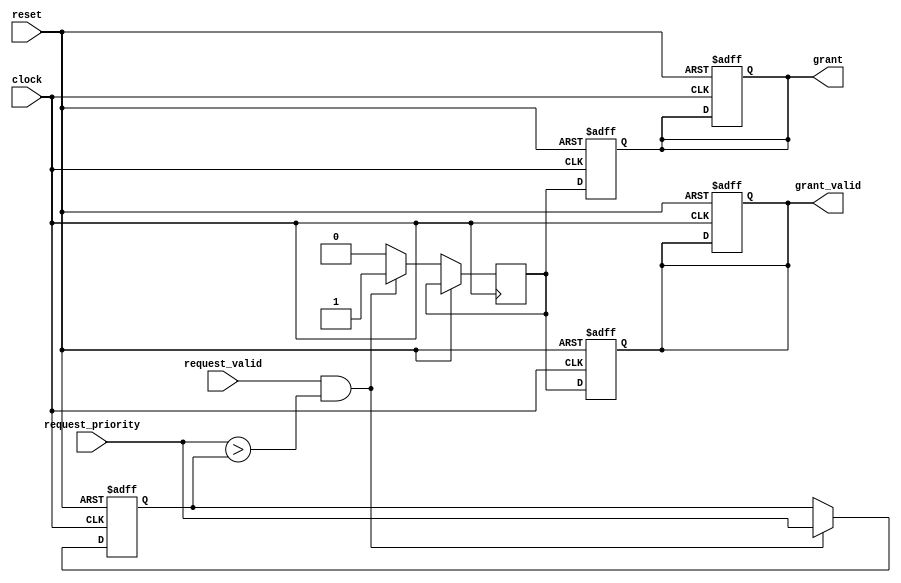
module priority_arbiter (
    input wire [1:0] request_priority,
    input wire request_valid,
    input wire clock,
    input wire reset,
    output reg grant,
    output reg grant_valid
);

reg [1:0] highest_priority;
reg grant_next;

always @(posedge clock or posedge reset) begin
    if (reset) begin
        highest_priority <= 2'b00;
        grant <= 0;
        grant_valid <= 0;
    end else begin
        if (request_valid && (request_priority > highest_priority)) begin
            highest_priority <= request_priority;
            grant_next <= 1;
        end else begin
            grant_next <= 0;
        end
    end
end

always @(posedge clock or posedge reset) begin
    if (reset) begin
        grant <= 0;
        grant_valid <= 0;
    end else begin
        grant <= grant_next;
        grant_valid <= grant_next;
    end
end

endmodule